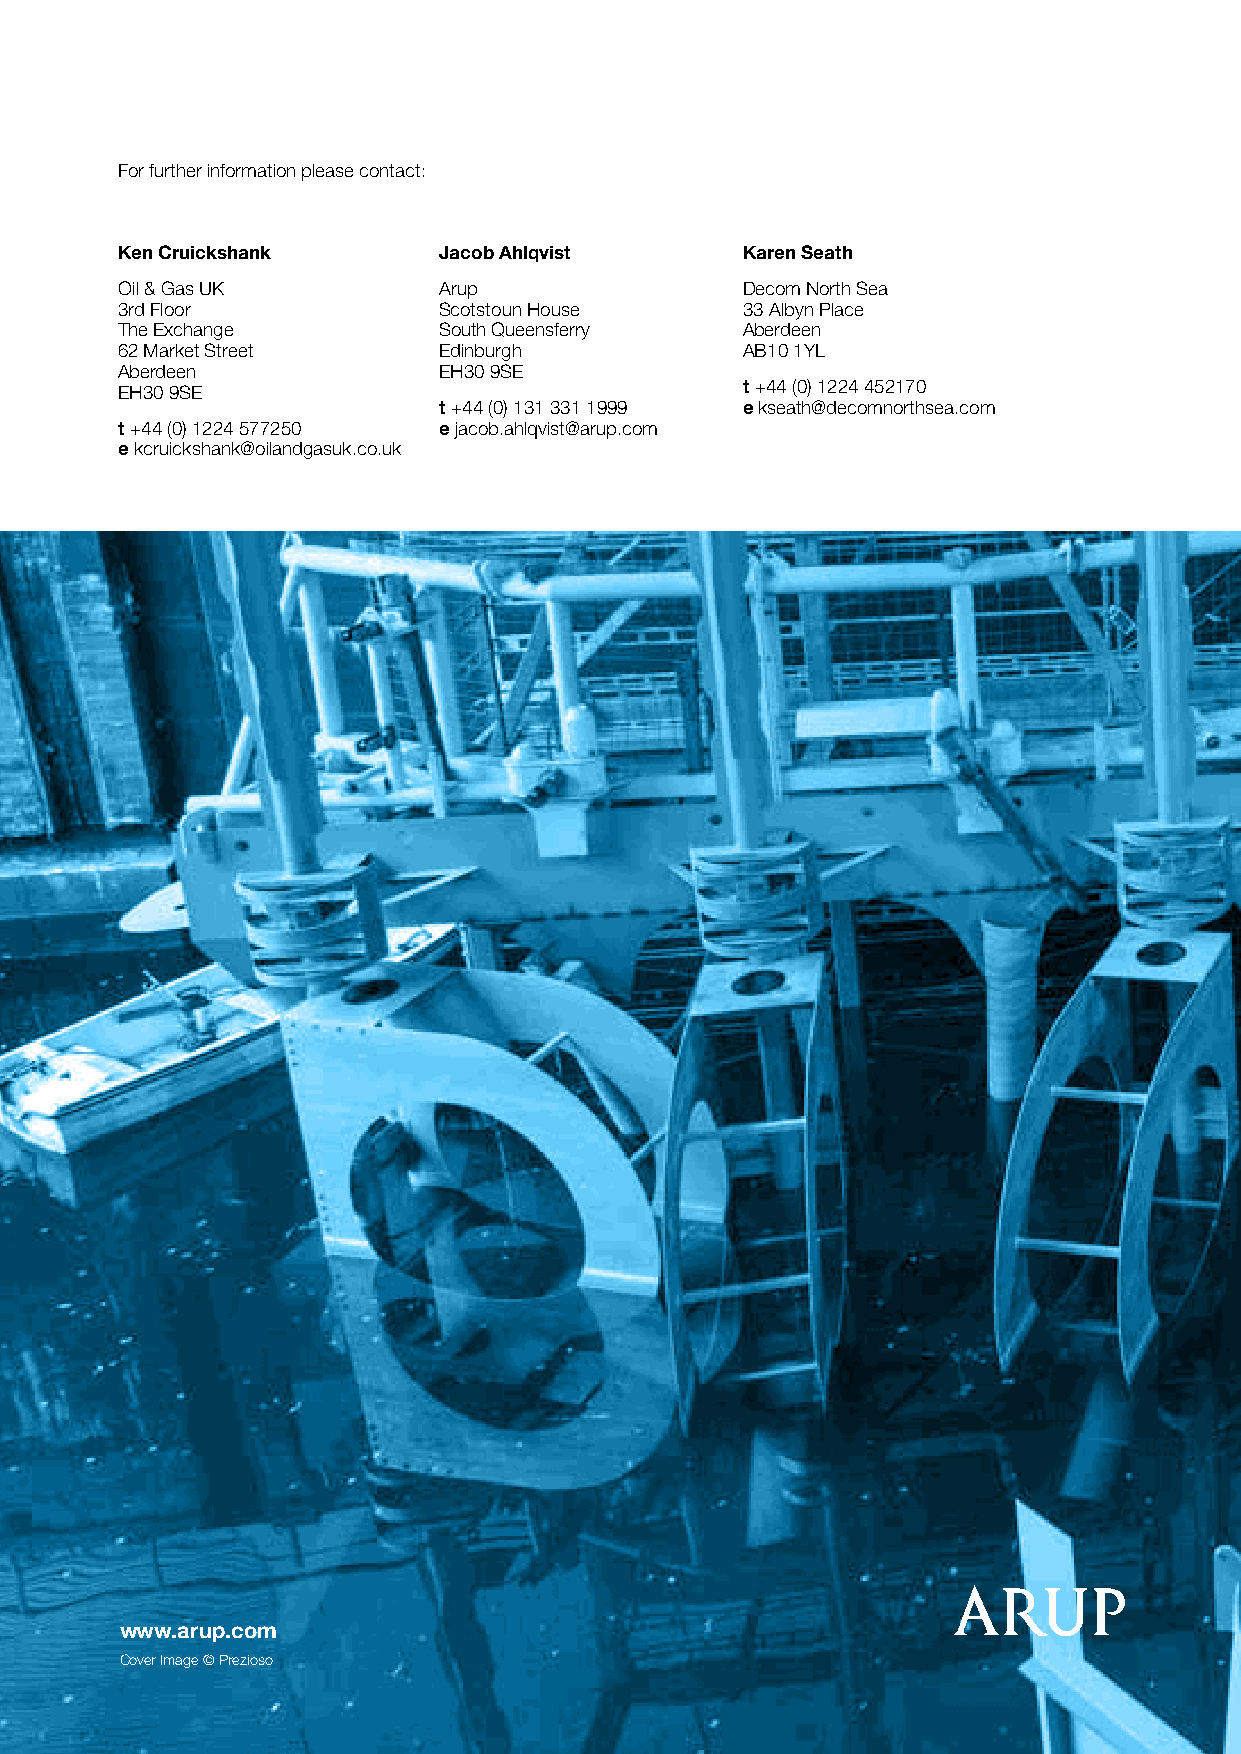
For further information please contact:
 Ken Cruickshank      Jacob Ahlqvist      Karen Seath
 Oil & Gas UK         Arup                Decom North Sea
 3rd Floor            Scotstoun House     33 Albyn Place
 The Exchange         South Queensferry   Aberdeen
 62 Market Street     Edinburgh           AB10 1YL
 Aberdeen             EH30 9SE
 EH30 9SE                                 t +44 (0) 1224 452170
 t +44 (0) 131 331 1999 e kseath@decomnorthsea.com
 t +44 (0) 1224 577250 e jacob.ahlqvist@arup.com
 e kcruickshank@oilandgasuk.co.uk
 www.arup.com
 Cover Image © Prezioso